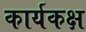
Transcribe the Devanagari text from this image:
कार्यकक्ष